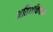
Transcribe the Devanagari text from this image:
अतिशक्तिवान